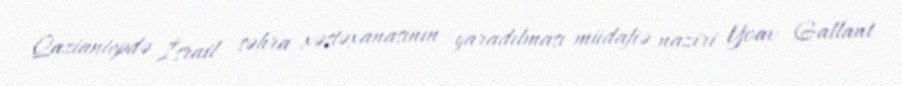
Qaziantepdə İsrail səhra xəstəxanasının yaradılması müdafiə naziri Yoav Gallant